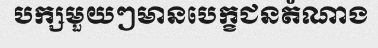
បក្សមួយៗមានបេក្ខជនតំណាង